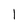
Character: l